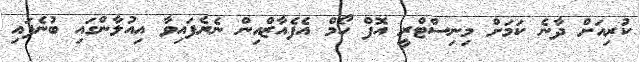
ކުރިއަށް ދާނެ ކަމަށް މިނިސްޓްރީ އޮފް ހޯމް އެފެއާޒްއިން ނެރެފައިވާ އިއުލާންގައި ބުނެފައި